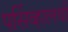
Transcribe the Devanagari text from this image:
पर्सिव्हालची